Indian journal of veterinary science and animal husbandry - Volume 2,
Year: 1932
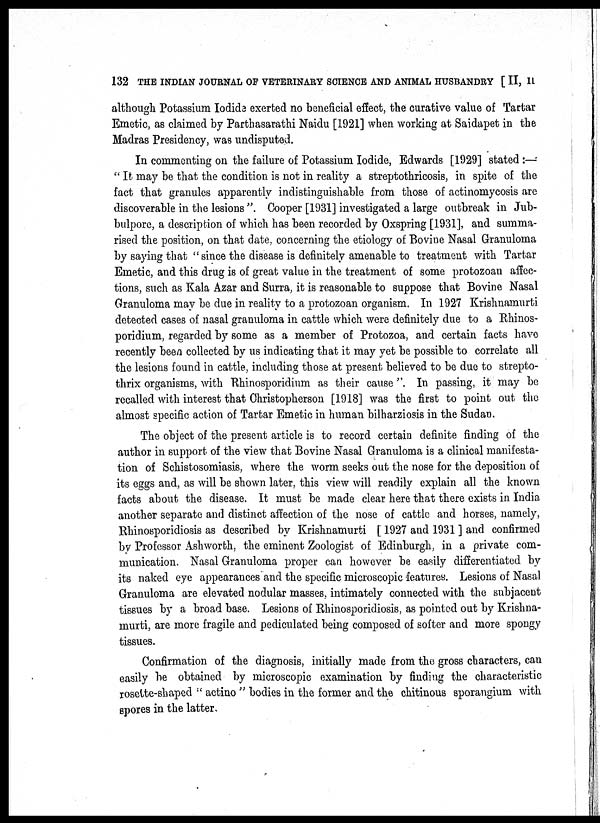
132 THE INDIAN JOURNAL OF VETERINARY SCIENCE AND ANIMAL HUSBANDRY [ II, II
although Potassium Iodide exerted no beneficial effect, the curative value of Tartar
Emetic, as claimed by Parthasarathi Naidu [1921] when working at Saidapet in the
Madras Presidency, was undisputed.
In commenting on the failure of Potassium Iodide, Edwards [1929] stated :—
"It may be that the condition is not in reality a streptothricosis, in spite of the
fact that granules apparently indistinguishable from those of actinomycosis are
discoverable in the lesions ". Cooper [1931] investigated a large outbreak in Jub-
bulpore, a description of which has been recorded by Oxspring [1931], and summa-
rised the position, on that date, concerning the etiology of Bovine Nasal Granuloma
by saying that " since the disease is definitely amenable to treatment with Tartar
Emetic, and this drug is of great value in the treatment of some protozoan affec-
tions, such as Kala Azar and Surra, it is reasonable to suppose that Bovine Nasal
Granuloma may be due in reality to a protozoan organism. In 1927 Krishnamurti
detected cases of nasal granuloma in cattle which were definitely due to a Rhinos-
poridium, regarded by some as a member of Protozoa, and certain facts have
recently been collected by us indicating that it may yet be possible to correlate all
the lesions found in cattle, including those at present believed to be due to strepto-
thrix organisms, with Rhinosporidium as their cause " In passing, it may be
recalled with interest that Christopherson [1918] was the first to point out the
almost specific action of Tartar Emetic in human bilharziosis in the Sudan.
The object of the present article is to record certain definite finding of the
author in support of the view that Bovine Nasal Granuloma is a clinical manifesta-
tion of Schistosomiasis, where the worm seeks out the nose for the deposition of
its eggs and, as will be shown later, this view will readily explain all the known
facts about the disease. It must be made clear here that there exists in India
another separate and distinct affection of the nose of cattle and horses, namely,
Rhinosporidiosis as described by Krishnamurti [ 1927 and 1931 ] and confirmed
by Professor Ashworth, the eminent Zoologist of Edinburgh, in a private com-
munication. Nasal Granuloma proper can however be easily differentiated by
its naked eye appearances and the specific microscopic features. Lesions of Nasal
Granuloma are elevated nodular masses, intimately connected with the subjacent
tissues by a broad base. Lesions of Rhinosporidiosis, as pointed out by Krishna-
murti, are more fragile and pediculated being composed of softer and more spongy
tissues.
Confirmation of the diagnosis, initially made from the gross characters, can
easily be obtained by microscopic examination by finding the characteristic
rosette-shaped " actino " bodies in the former and the chitinous sporangium with
spores in the latter.